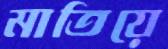
মাতিয়ে